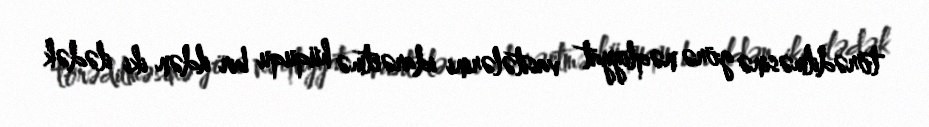
törədilməsinə görə nəqliyyat vasitələrini idarəetmə hüququ bir ildən iki ilədək